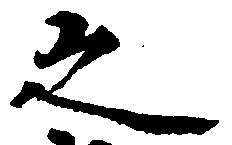
之